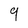
Character: 9